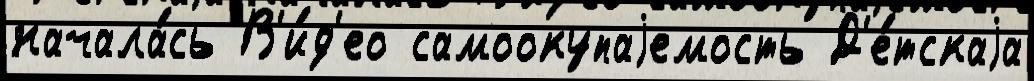
начала́сь В'и́д'ео самоокупаjемость Д'е́тскаjа